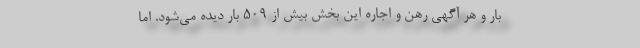
بار و هر آگهی رهن و اجاره این بخش بیش از ۵۰۹ بار دیده می‌شود. اما